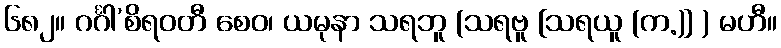
၆၈၂။ ဂင်္ဂါ’စိရဝတီ စေဝ၊ ယမုနာ သရဘူ (သရဗူ [သရယူ (က.)] ) မဟီ။